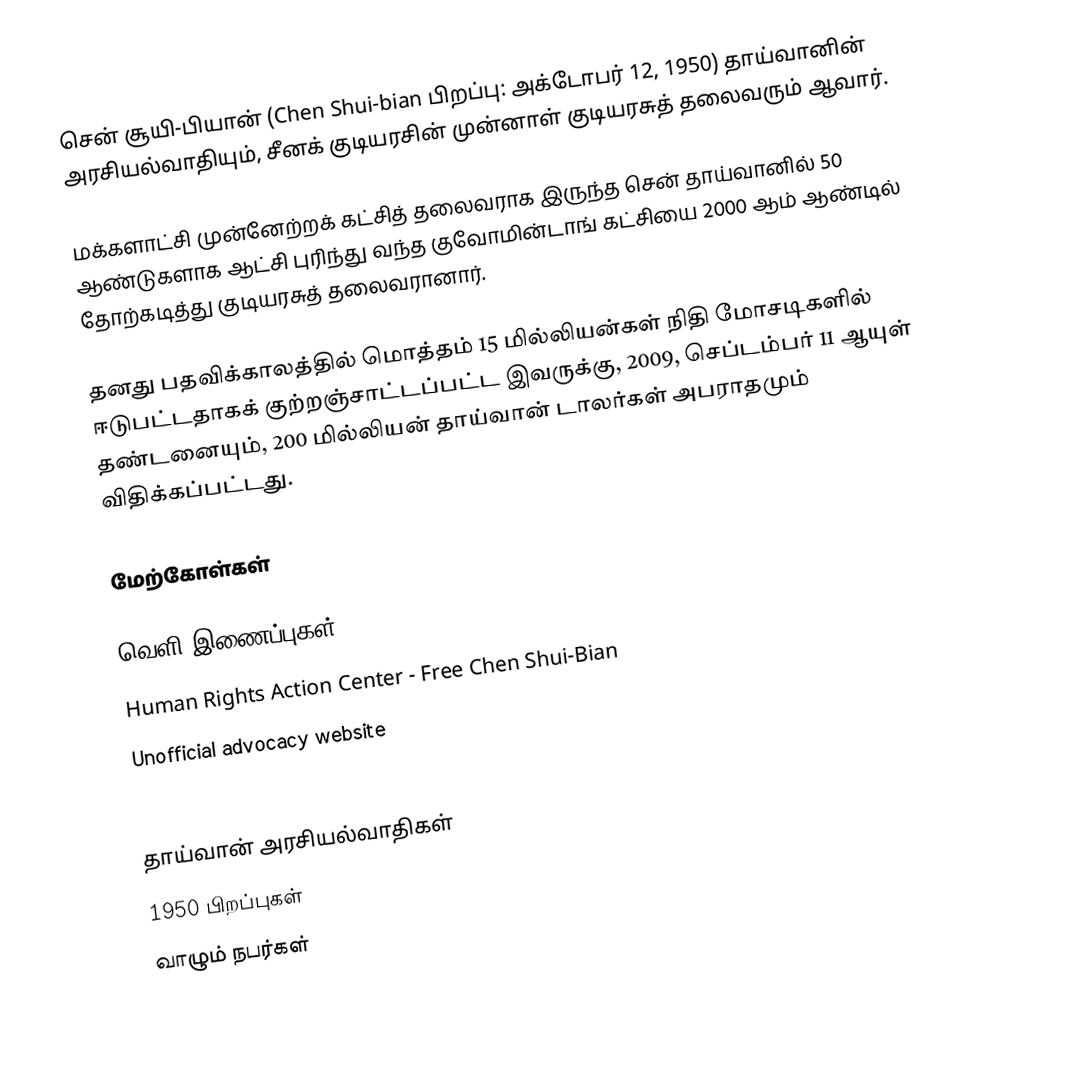
சென் சூயி-பியான் (Chen Shui-bian பிறப்பு: அக்டோபர் 12, 1950) தாய்வானின் அரசியல்வாதியும், சீனக் குடியரசின் முன்னாள் குடியரசுத் தலைவரும் ஆவார்.

மக்களாட்சி முன்னேற்றக் கட்சித் தலைவராக இருந்த சென் தாய்வானில் 50 ஆண்டுகளாக ஆட்சி புரிந்து வந்த குவோமின்டாங் கட்சியை 2000 ஆம் ஆண்டில் தோற்கடித்து குடியரசுத் தலைவரானார்.

தனது பதவிக்காலத்தில் மொத்தம் 15 மில்லியன்கள் நிதி மோசடிகளில் ஈடுபட்டதாகக் குற்றஞ்சாட்டப்பட்ட இவருக்கு, 2009, செப்டம்பர் 11 ஆயுள் தண்டனையும், 200 மில்லியன் தாய்வான் டாலர்கள் அபராதமும் விதிக்கப்பட்டது.

மேற்கோள்கள்

வெளி இணைப்புகள்
 Human Rights Action Center - Free Chen Shui-Bian
 Unofficial advocacy website
 Official Democratic Progressive Party web site in Chinese

தாய்வான் அரசியல்வாதிகள்
1950 பிறப்புகள்
வாழும் நபர்கள்